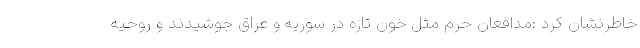
خاطرنشان کرد :مدافعان حرم مثل خون تازه در سوریه و عراق جوشیدند و روحیه